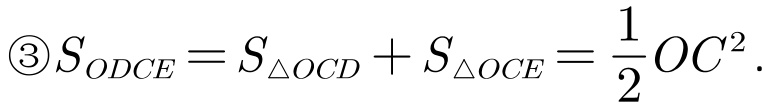
$\textcircled{3}S_{ODCE}=S_{\triangle OCD}+S_{\triangle OCE}=\frac{1}{2}OC^{2}.$